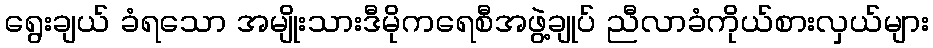
ရွေးချယ် ခံရသော အမျိုးသားဒီမိုကရေစီအဖွဲ့ချုပ် ညီလာခံကိုယ်စားလှယ်များ